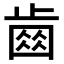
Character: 𣦗